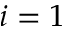
i = 1